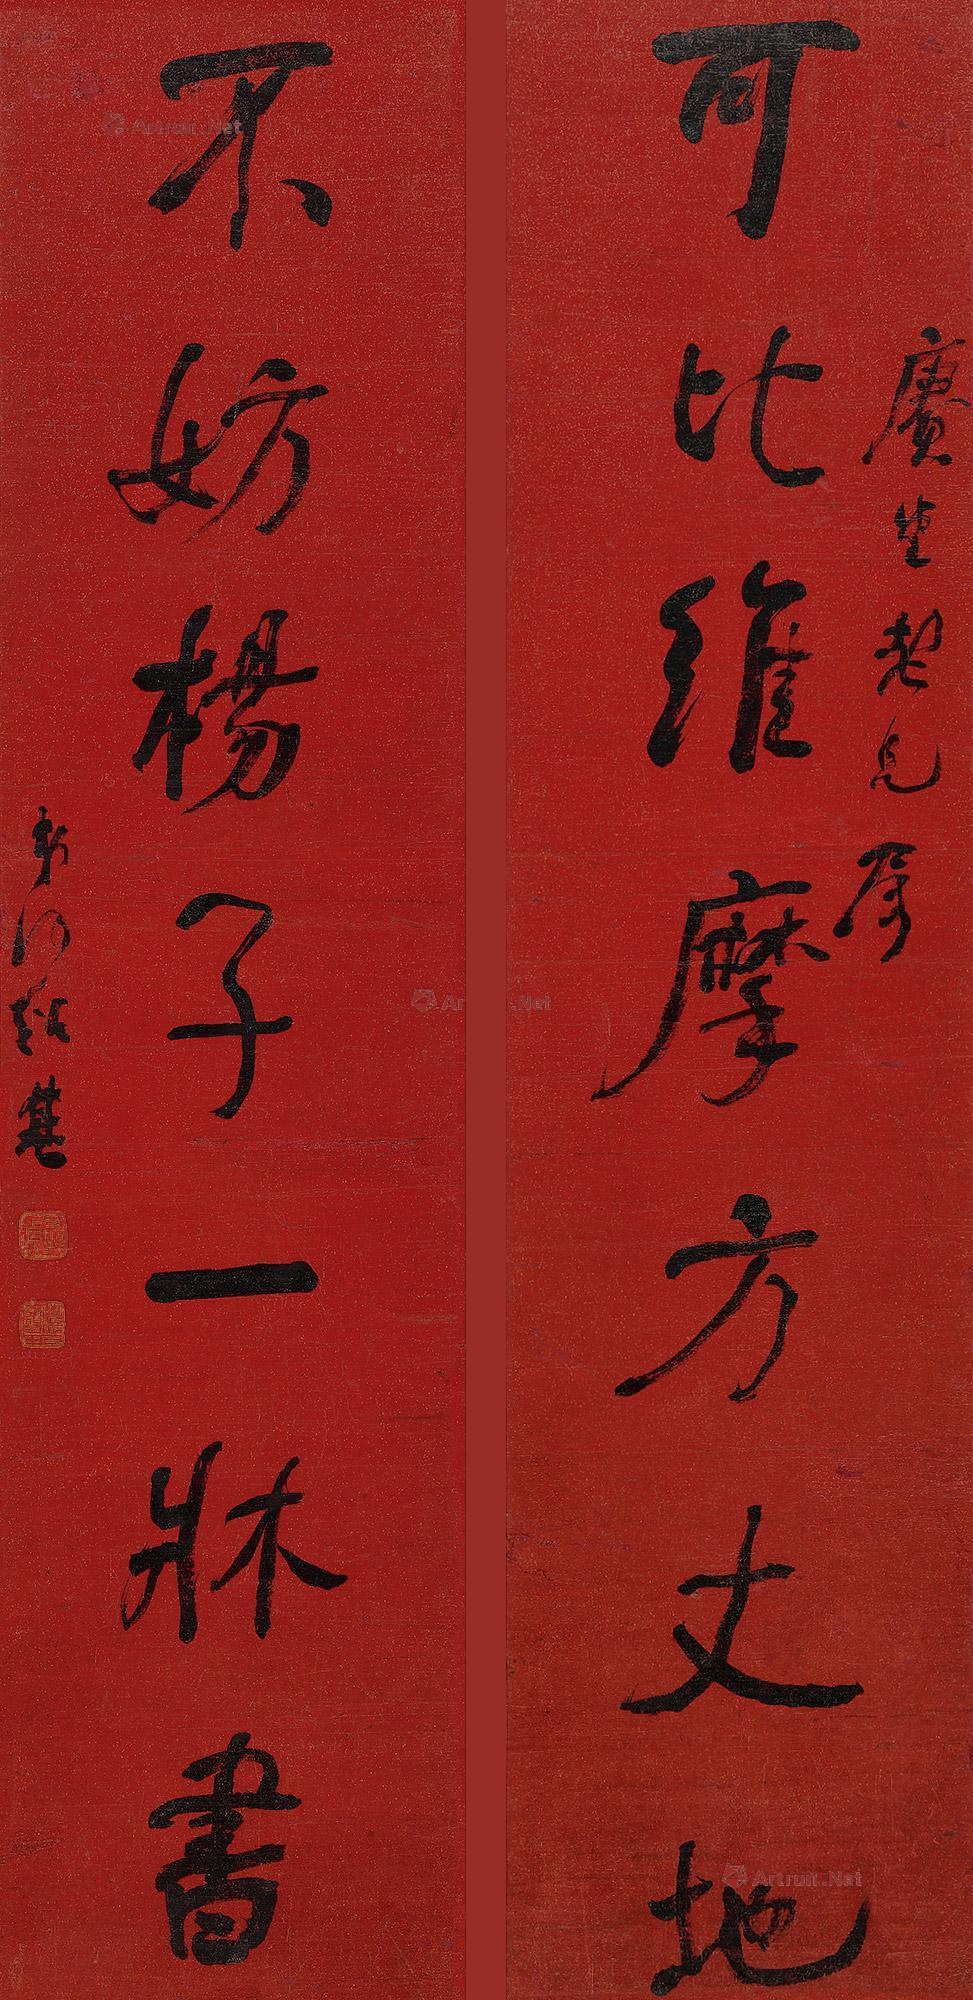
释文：可比维摩方丈地，不妨杨子一床书。赓堂老兄属，弟何绍基。